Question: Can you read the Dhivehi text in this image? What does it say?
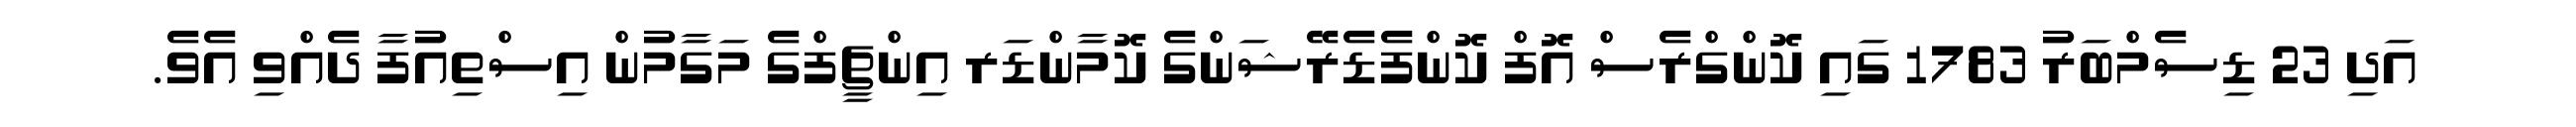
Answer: އަދި 23 ޑިސެމްބަރު 1783 ގައި ކޮންގްރެސް އޮފް ކޮންފެޑެރޭޝަންގެ ކޮމާންޑަރ އިންޗީފްގެ މަގާމުން އިސްތިއުފާ ދެއްވި އެވެ.